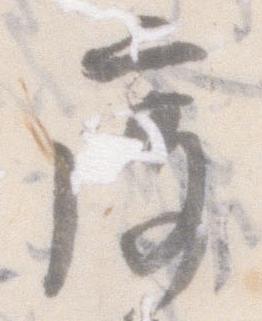
度